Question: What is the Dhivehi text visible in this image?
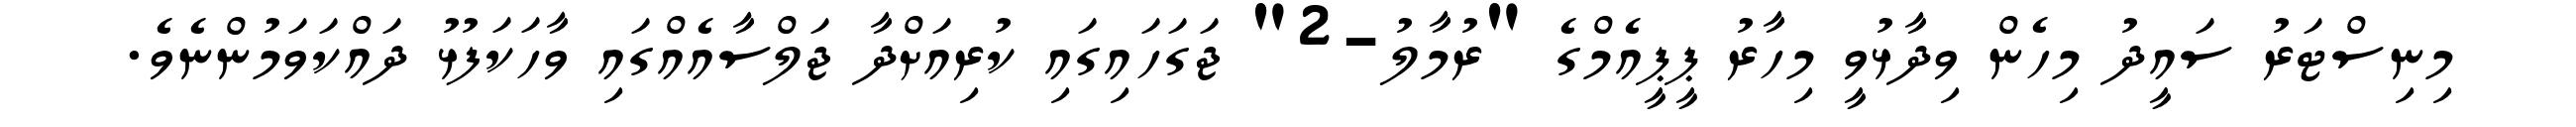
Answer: މިނިސްޓަރު ސައީދު މިހެން ވިދާޅުވީ މިހާރު ޕީޕީއެމްގެ "ރުމާލު-2" ޖަގަހައިގައި ކުރިއަށްދާ ޖަލްސާއެއްގައި ވާހަކަފުޅު ދައްކަވަމުންނެވެ.